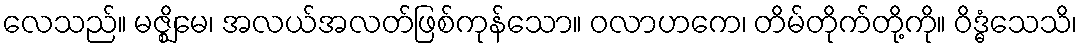
လေသည်။ မဇ္ဈိမေ၊ အလယ်အလတ်ဖြစ်ကုန်သော။ ဝလာဟကေ၊ တိမ်တိုက်တို့ကို။ ဝိဒ္ဓံသေသိ၊